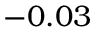
- 0 . 0 3